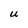
Character: U